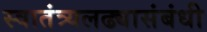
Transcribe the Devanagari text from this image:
स्वातंत्र्यलढ्यासंबंधी